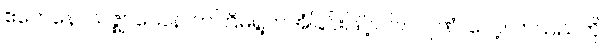
ဧကေနောသဇ္ဈာယေန၊ တကြိမ်ရွတ်အံခြင်းဖြင့်ပင်။ ပဂုဏံ၊ လေ့လာသည်ကို။